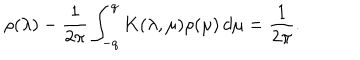
\rho ( \lambda ) - \frac { 1 } { 2 \pi } \int _ { - q } ^ { q } K ( \lambda , \mu ) \rho ( \mu ) \, d \mu = \frac { 1 } { 2 \pi } .